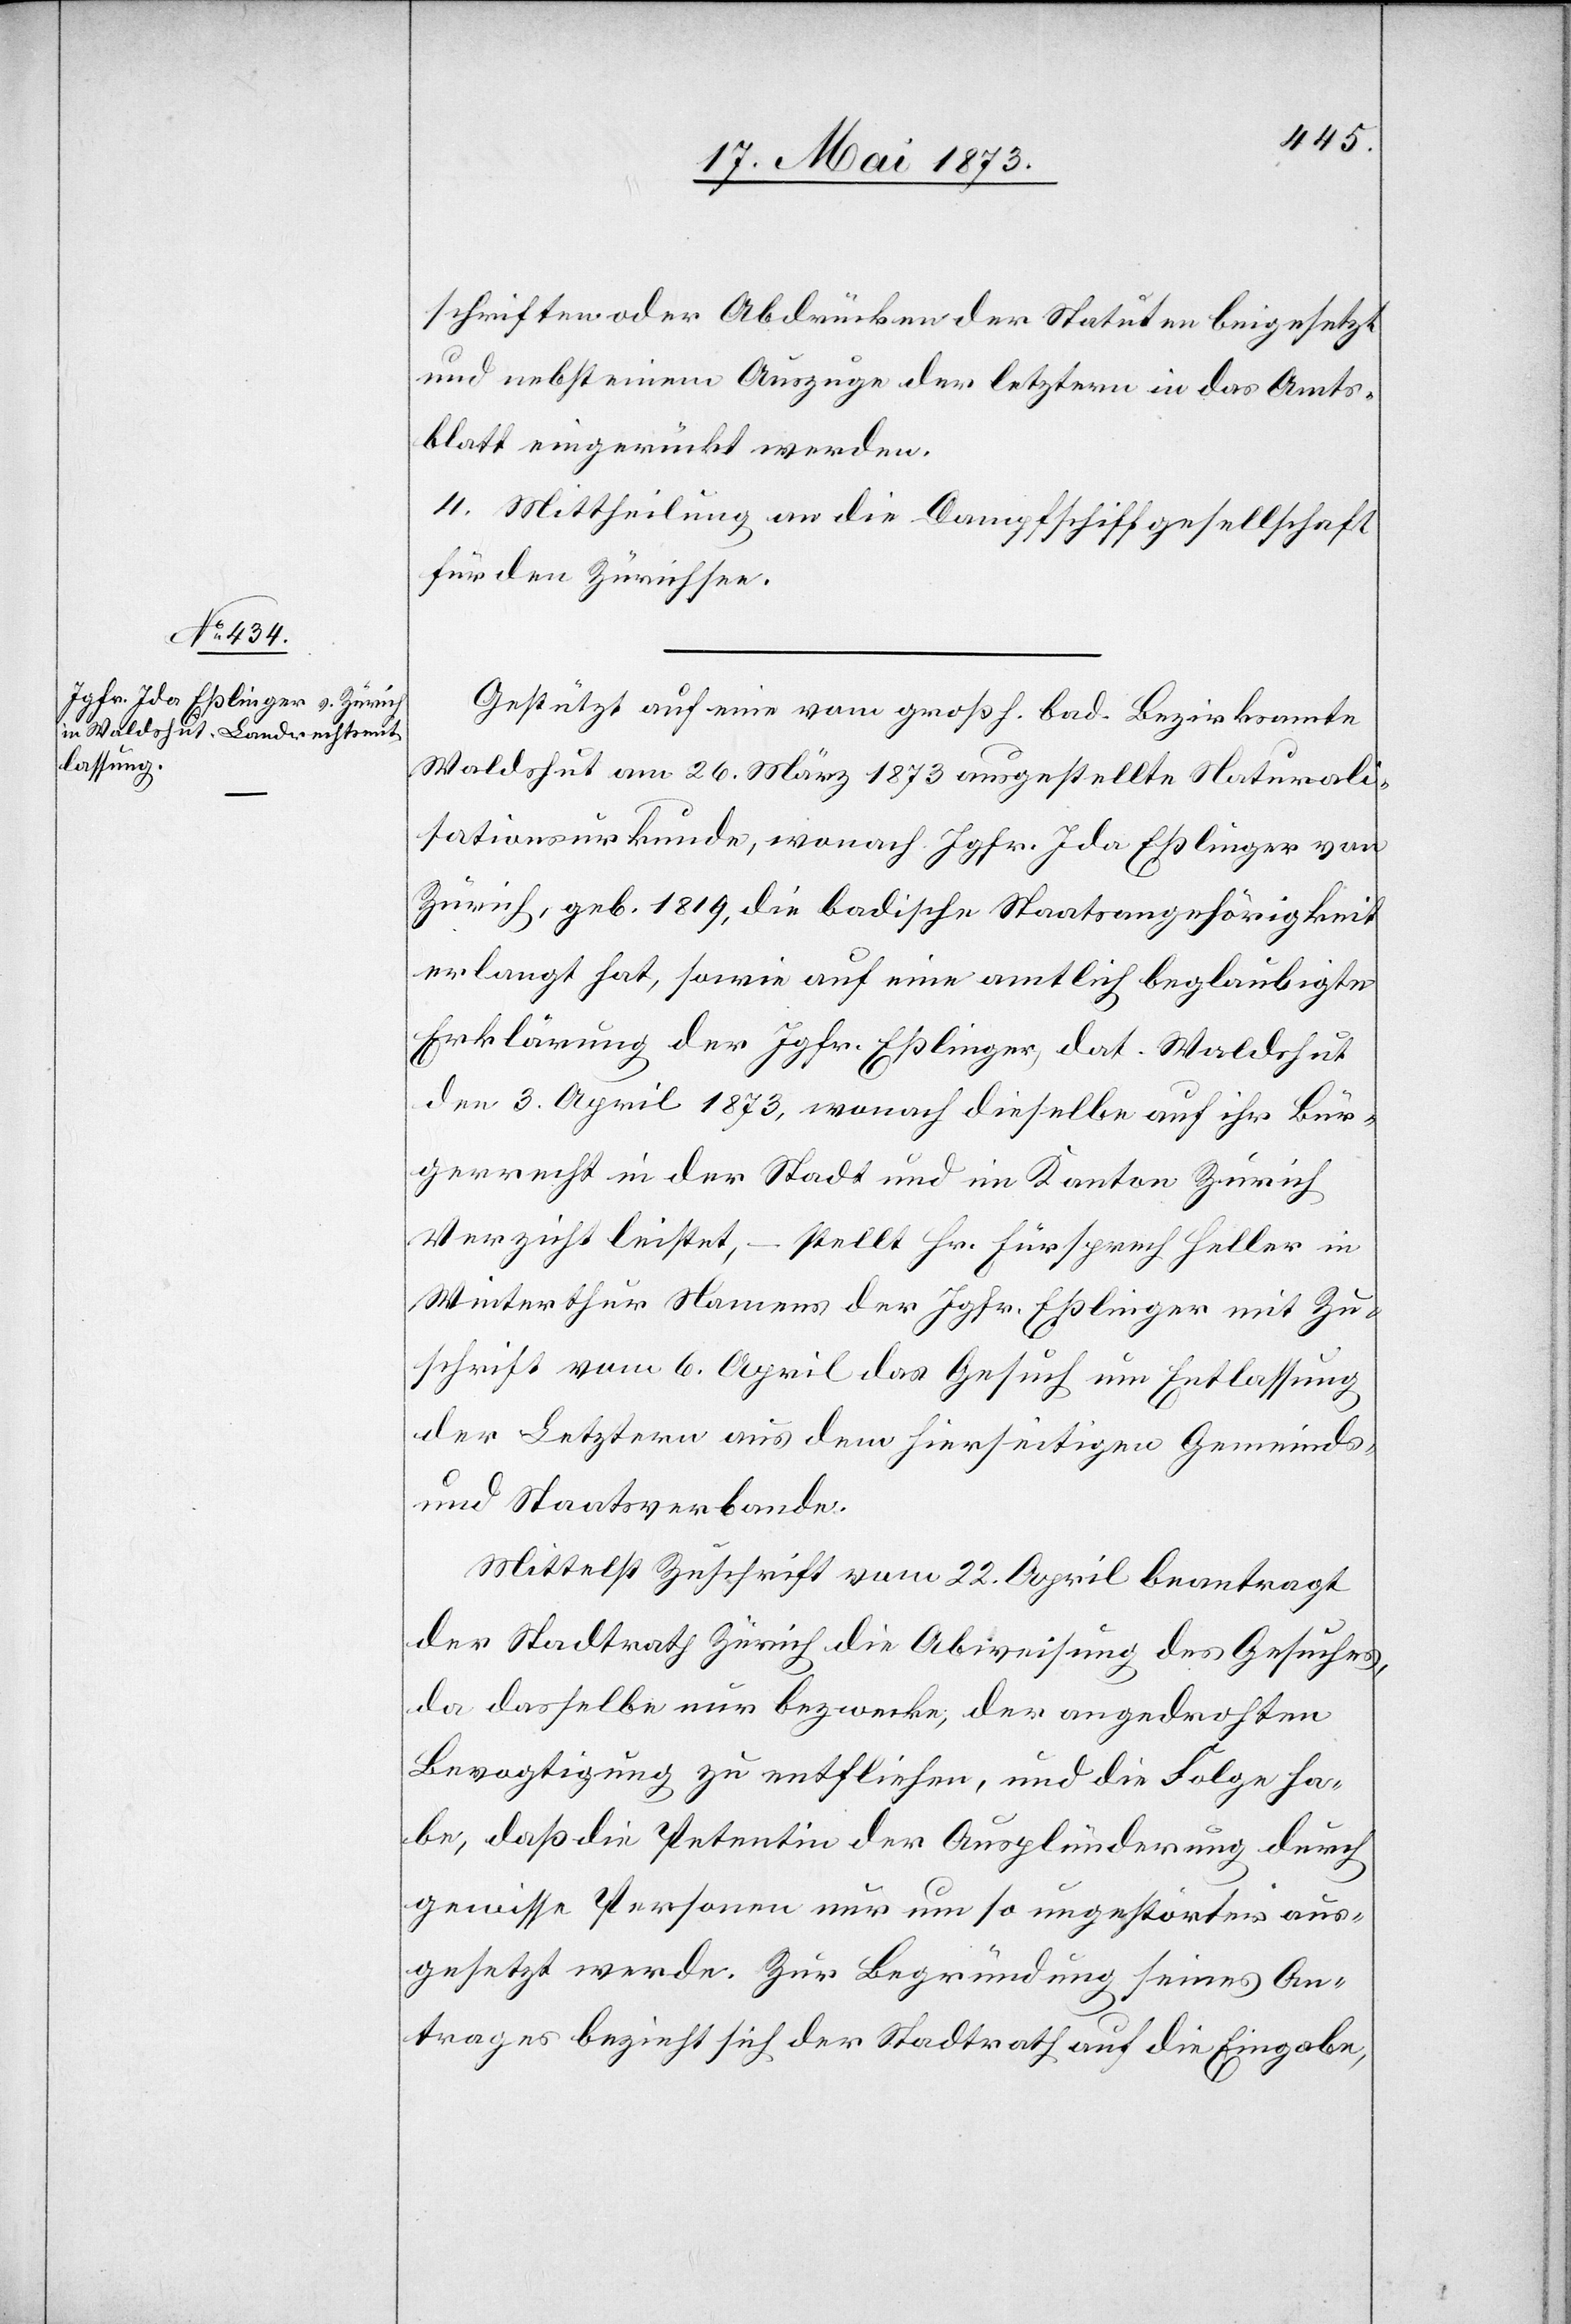
schriften oder Abdrücken der Statuten beigesetzt
und nebst einem Auszuge der letztern in das Amts¬
blatt eingerückt werden.
4. Mittheilung an die Dampfschiffgesellschaft
für den Zürichsee.
Gestützt auf eine vom großh. bad. Bezirksamte
Waldshut am 26. März 1873 ausgestellte Naturali¬
sationsurkunde, wonach Jgfr. Ida Eßlinger von
Zürich, geb. 1819, die badische Staatsangehörigkeit
erlangt hat, sowie auf eine amtlich beglaubigte
Erklärung der Jgfr. Eßlinger, dat. Waldshut
den 3. April 1873, wonach dieselbe auf ihr Bür¬
gerrecht in der Stadt und im Kanton Zürich
Verzicht leistet, – stellt Hr. Fürsprech Heller in
Winterthur Namens der Jgfr. Eßlinger mit Zu¬
schrift vom 6. April das Gesuch um Entlassung
der Letztern aus dem hierseitigen Gemeinds-
und Staatsverbande.
Mittelst Zuschrift vom 22. April beantragt
der Stadtrath Zürich die Abweisung des Gesuches,
da dasselbe nur bezwecke, der angedrohten
Bevogtigung zu entfliehen, und die Folge ha¬
be, daß die Petentin der Ausplünderung durch
gewisse Personen nur um so ungestörter aus¬
gesetzt werde. Zur Begründung seines An¬
trages bezieht sich der Stadtrath auf die Eingabe,